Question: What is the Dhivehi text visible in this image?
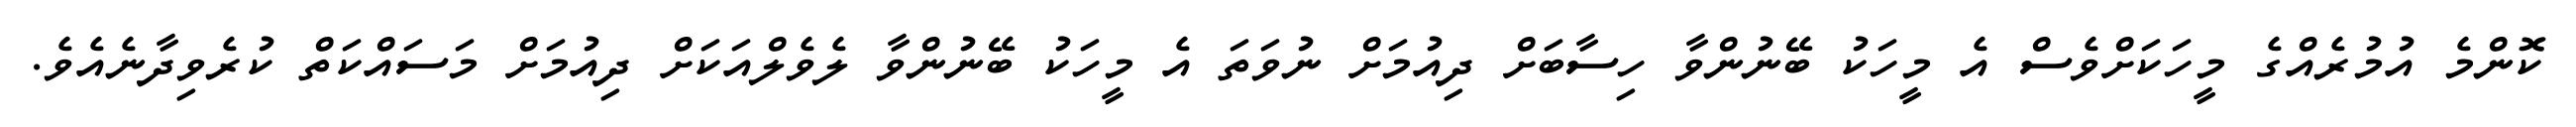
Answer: ކޮންމެ އުމުރެއްގެ މީހަކަށްވެސް އެ މީހަކު ބޭނުންވާ ހިސާބަށް ދިއުމަށް ނުވަތަ އެ މީހަކު ބޭނުންވާ ލެވެލްއަކަށް ދިއުމަށް މަސައްކަތް ކުރެވިދާނެއެވެ.